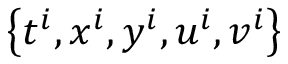
\left\{ t ^ { i } , x ^ { i } , y ^ { i } , u ^ { i } , v ^ { i } \right\}